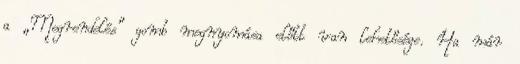
a „Megrendelés” gomb megnyomása előtt van lehetősége. Ha már